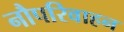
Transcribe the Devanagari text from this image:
नौपरिवाहन